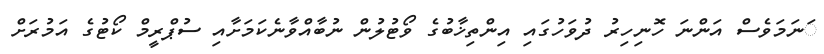
ަނަމަވެސް އަންނަ ހޮނިހިރު ދުވަހުގައި އިންތިޚާބުގެ ވޯޓުލުން ނުބާއްވާނެކަމަށާއި ސުޕްރީމް ކޯޓުގެ އަމުރަށް